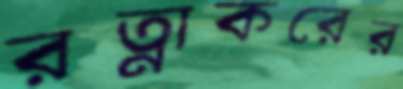
রত্নাকরের